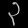
Digit: ၃